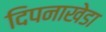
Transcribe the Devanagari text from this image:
दिपनाखेडा